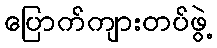
ပြောက်ကျားတပ်ဖွဲ့